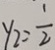
y _ { 2 } = \frac { 1 } { 2 }